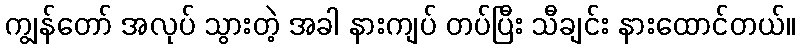
ကျွန်တော် အလုပ် သွားတဲ့ အခါ နားကျပ် တပ်ပြီး သီချင်း နားထောင်တယ်။